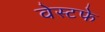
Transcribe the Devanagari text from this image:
वेस्टफे